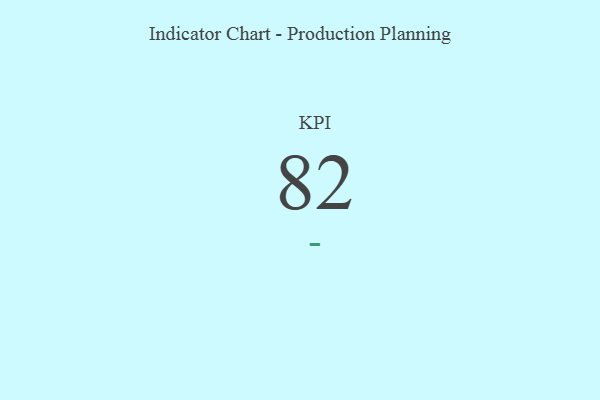
{"axis": {"x": "KPI", "y": "Value"}, "legend": [""], "data": [{"x": "KPI", "y": 82, "type": ""}]}